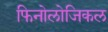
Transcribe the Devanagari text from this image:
फिनोलोजिकल